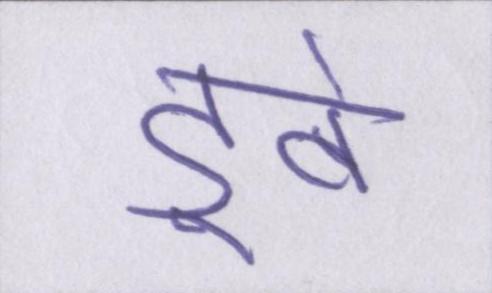
डूबे